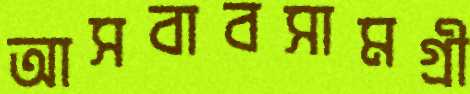
আসবাবসামগ্রী